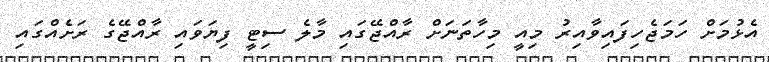
އެޅުމަށް ހަމަޖެހިފައިވާއިރު މިއީ މިހާތަނަށް ރާއްޖޭގައި މާލެ ސިޓީ ފިޔަވައި ރާއްޖޭގެ ރަށެއްގައި